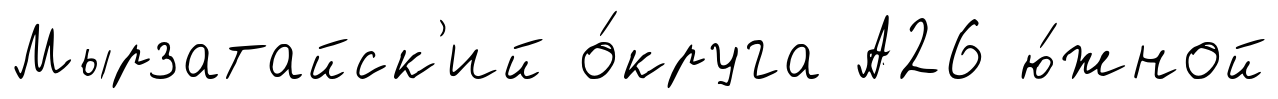
Мырзатайск'ий о́круга А26 ю́жной